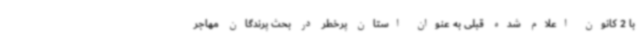
با 2 کانون اعلام شده قبلی به عنوان استان پرخطر در بحث پرندگان مهاجر